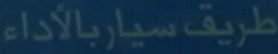
طريق سيار بالأداء